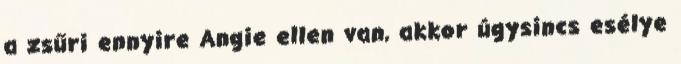
a zsűri ennyire Angie ellen van, akkor úgysincs esélye